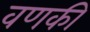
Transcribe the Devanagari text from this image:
वणकी